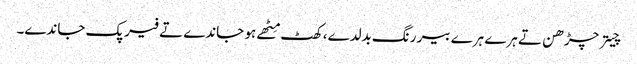
چیتر چڑھن تے ہرے ہرے بیر رنگ بدلدے، کھٹ مِٹھے ہو جاندے تے فیر پک جاندے۔